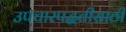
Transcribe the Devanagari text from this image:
उपचारपद्धतीसाठी